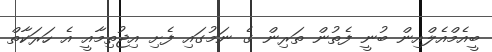
ބީއެމްއެލްއިން ބުނީ ފެތުން ތަރިން ގެ ނަމުގައި ފެށި އިޖުތިމާއީ އެ ހަރަކާތް